Scottish Leaving Certificate Examination, 1955
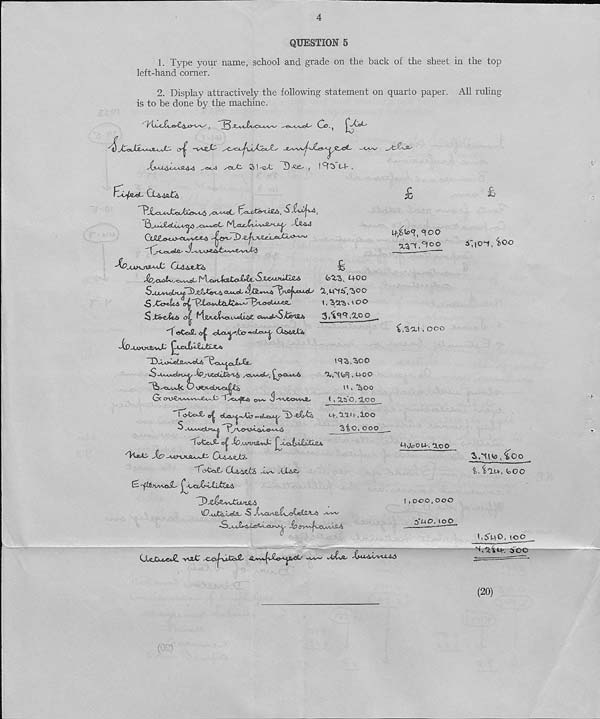
4
QUESTION 5
1. Type your name, school and grade on the back of the sheet in the top
left-hand corner.
2. Display attractively the following statement on quarto paper. All ruling
is to be done by the machine.
I
-^2^-* • / I S[ >) 4^4" .
CjL&4b£&
^T^>o^v£je*dsi>vC^
Sjhj^4 l
"13_A*-iAeCd^^> ^x*-**©^
T^44
Cx&&xJC£i
H^iTaittyMc. SxcajjuGjla
U>XZ, M-OO
^ yCi><^A
^ 3 \ ^ O O
ST&af<ts «s^ t / |j2 y^j c^<XL ,~« Luvc3<^^TcjC _
d e€e*iL
■dL0*>Y‘k&
^hjAAhb
'^0wCO\Xfi>V-h
D-o>t-©Law<^-4i heu»^ciJ^i^a-
5^Aoua^&
'X,'^^ , U-00
*^AAA^iM>4/ ■
is^cx4.'»4<. C 1
^S>o^4<, G y^yixb^cJU^
tA % liOO
Gr
"rAu^t* cyvv. J
( , Xit'O, "XCO
I
'^>* ,^>
M - ,
XOO
S
A
-Sto,©©©
Tiytc«^- -Ibuartttitakfc 1^
dwts- Jio
CxL^sda>
’TcyC&.L GCi^afe
AMz*
£i-^&>vvi«JL I^LaX-b-txfciuS
-fi^avvtl4^jt4
^0-ijJCe,.L<eJL. S
If/^, ‘foo
CJOO
^.'Sat, ooo
mopow-. aoo
( , o<c>©, ooo
3‘UO< (DO
Clejjwi«t£. vC©C .©-es^ifefi-
'V^«-' wt^a. ^A6TvuU4
Siicri, i>00
i,, iau, t,oo
1.54*0, too
^v'ai-t*-. 500
(20)